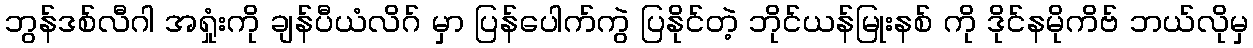
ဘွန်ဒစ်လီဂါ အရှုံးကို ချန်ပီယံလိဂ် မှာ ပြန်ပေါက်ကွဲ ပြနိုင်တဲ့ ဘိုင်ယန်မြုးနစ် ကို ဒိုင်နမိုကိဗ် ဘယ်လိုမှ